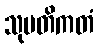
သုမတိကတံ